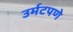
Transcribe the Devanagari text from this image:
उर्मटपणे